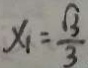
x _ { 1 } = \frac { \sqrt { 3 } } { 3 }